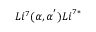
L i ^ { 7 } ( \ensuremath { \alpha } , { \ensuremath { \alpha } } ^ { \ensuremath { ' } } ) { { L i } } ^ { 7 * }